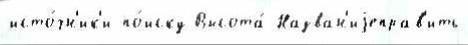
исто́чн'ик'и по́иску Высота́ Назван'иjеправ'ить